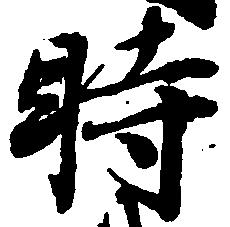
時